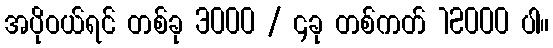
အပိုဝယ်ရင် တစ်ခု 3000 / ၄ခု တစ်ကတ် 12000 ပါ။